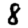
Digit: 8